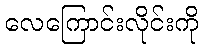
လေကြောင်းလိုင်းကို